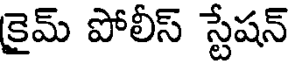
కైమ్ పోలీస్ స్టేషన్